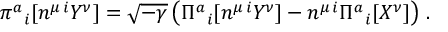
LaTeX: \pi ^ { a } { } _ { i } [ n ^ { \mu \, i } Y ^ { \nu } ] = \sqrt { - \gamma } \left( \Pi ^ { a } { } _ { i } [ n ^ { \mu \, i } Y ^ { \nu } ] - n ^ { \mu \, i } \Pi ^ { a } { } _ { i } [ X ^ { \nu } ] \right) \, .